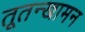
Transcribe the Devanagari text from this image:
तूतन्खामन